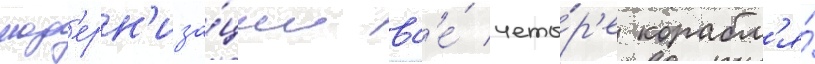
мод'ерн'иза́ции вс'е́ четы́р'е корабл'я́